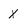
Character: x